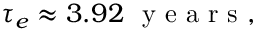
\tau _ { e } \approx 3 . 9 2 ~ \mathrm { ~ y ~ e ~ a ~ r ~ s ~ } ,